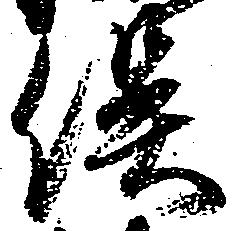
俣